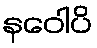
နဝေါပိ